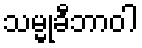
သမ္မုခီဘာဝါ